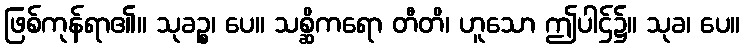
ဖြစ်ကုန်ရာ၏။ သုခဉ္စ၊ ပေ။ သစ္ဆိကရော တီတိ၊ ဟူသော ဤပါဌ်၌။ သုခ၊ ပေ။